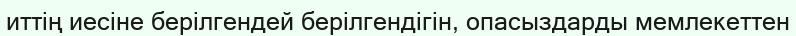
иттің иесіне берілгендей берілгендігін, опасыздарды мемлекеттен